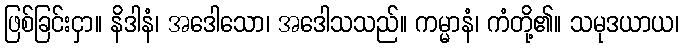
ဖြစ်ခြင်းငှာ။ နိဒါနံ၊ အဒေါသော၊ အဒေါသသည်။ ကမ္မာနံ၊ ကံတို့၏။ သမုဒယာယ၊